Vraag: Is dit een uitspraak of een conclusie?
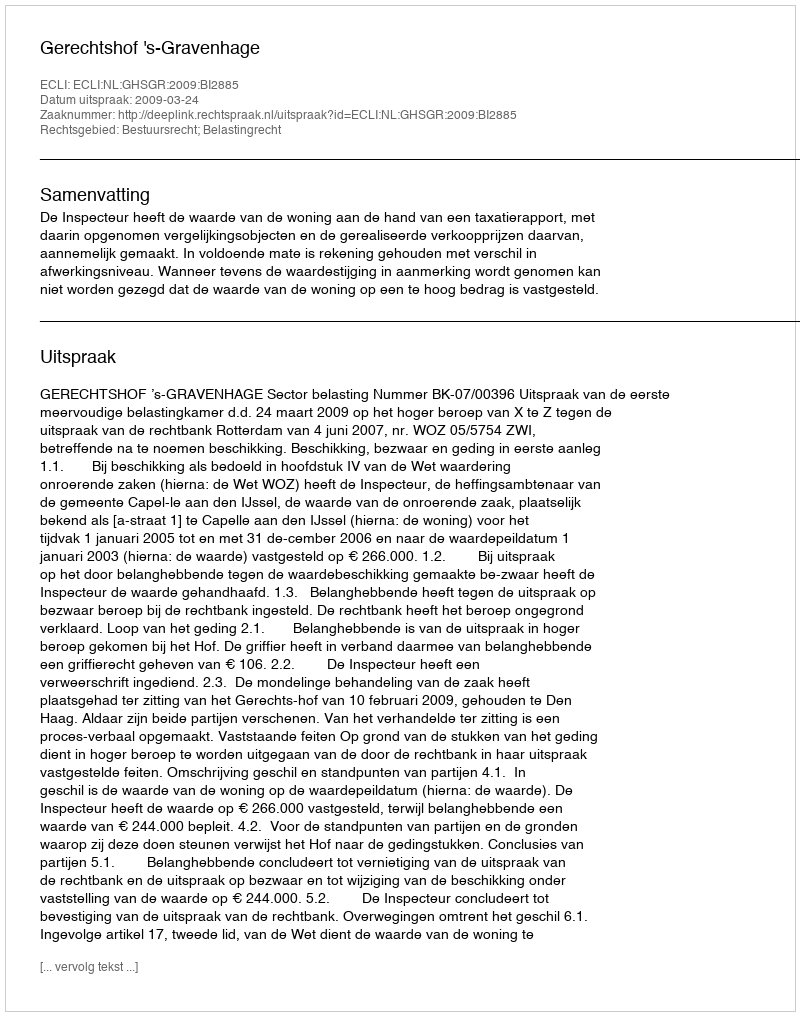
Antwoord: Uitspraak